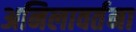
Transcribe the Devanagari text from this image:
अनिलावर्तना